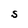
Character: S